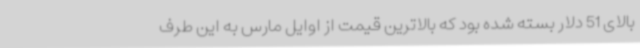
بالای 51 دلار بسته شده بود که بالاترین قیمت از اوایل مارس به این طرف